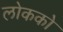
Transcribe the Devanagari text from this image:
लोकको